Annual report of the Punjab Veterinary College and of the Civil Veterinary Department, Punjab - 1920-1925
Year: 1920
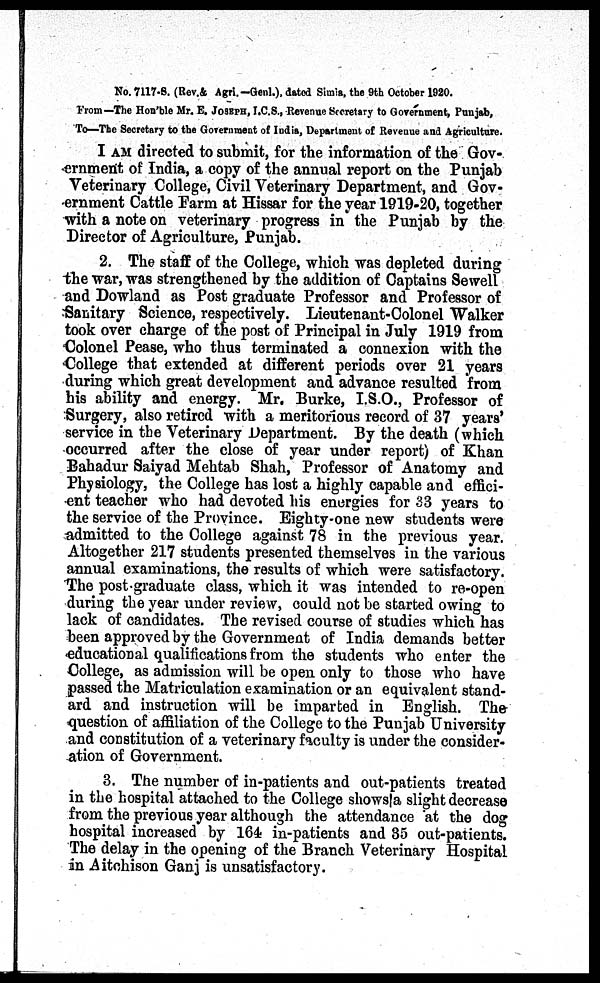
No. 7117-8. (Rev.& Agri. —Genl.), dated Simla, the 9th October 1920.
From—The Hon'ble Mr. E. JOSEPH, I.C.S., Revenue Secretary to Government, Punjab,
To—The Secretary to the Government of India, Department of Revenue and Agriculture.
I AM directed to submit, for the information of the Gov-
ernment of India, a copy of the annual report on the Punjab
Veterinary College, Civil Veterinary Department, and Gov-
ernment Cattle Farm at Hissar for the year 1919-20, together
with a note on veterinary progress in the Punjab by the
Director of Agriculture, Punjab.
2. The staff of the College, which was depleted during
the war, was strengthened by the addition of Captains Sewell
and Dowland as Post graduate Professor and Professor of
Sanitary Science, respectively. Lieutenant-Colonel Walker
took over charge of the post of Principal in July 1919 from
Colonel Pease, who thus terminated a connexion with the
College that extended at different periods over 21 years
during which great development and advance resulted from
his ability and energy. Mr. Burke, I.S.O., Professor of
Surgery, also retired with a meritorious record of 37 years'
service in the Veterinary Department. By the death (which
occurred after the close of year under report) of Khan
Bahadur Saiyad Mehtab Shah, Professor of Anatomy and
Physiology, the College has lost a highly capable and effici-
ent teacher who had devoted his energies for 33 years to
the service of the Province. Eighty-one new students were
admitted to the College against 78 in the previous year.
Altogether 217 students presented themselves in the various
annual examinations, the results of which were satisfactory.
The post-graduate class, which it was intended to re-open
during the year under review, could not be started owing to
lack of candidates. The revised course of studies which has
been approved by the Government of India demands better
educational qualifications from the students who enter the
College, as admission will be open only to those who have
passed the Matriculation examination or an equivalent stand-
ard and instruction will be imparted in English. The
question of affiliation of the College to the Punjab University
and constitution of a veterinary faculty is under the consider-
ation of Government.
3. The number of in-patients and out-patients treated
in the hospital attached to the College shows a slight decrease
from the previous year although the attendance at the dog
hospital increased by 164 in-patients and 35 out-patients.
The delay in the opening of the Branch Veterinary Hospital
in Aitchison Ganj is unsatisfactory.